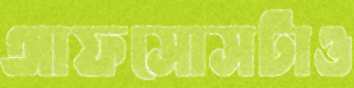
আফসোসটাও